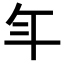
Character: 𭘾